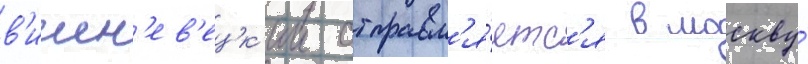
в'ишн'ев'ецк'ии отправл'я́етс'я в москву́